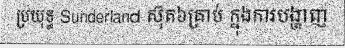
ប្រយុទ្ធ Sunderland ស៊ុត៦គ្រាប់ ក្នុងការបង្ហាញ